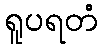
ရူပရတံ